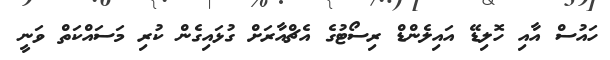
ހައުސް އާއި ހޮލިޑޭ އައިލެންޑް ރިސޯޓުގެ އެޗްއާރަށް ގުޅައިގެން ކުރި މަސައްކަތް ވަނީ